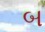
બ